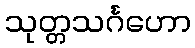
သုတ္တသင်္ဂဟော